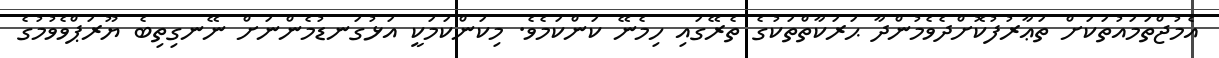
އެމުޖްތަމައުތަކަށް ތަޢާރުފުކޮށްދެވެމުންދާ ޙަރަކާތްތަކުގެ ތެރޭގައި ހިމެނޭ ކަންކަމެވެ. މިކަންކަމަކީ އަޅުގަނޑުމެންނަށް ނޭނގިތިބެ ޔޫރަޕްވެވުމުގެ